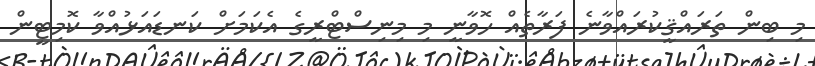
މި ބިން ތަރައްޤީކުރައްވާނެ ފަރާތެއް ހޮވާނީ މި މިނިސްޓްރީގެ އެކަމަށް ކަނޑައަޅުއްވާ ކޮމިޓީން